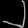
Digit: ၂